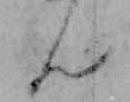
ん